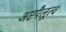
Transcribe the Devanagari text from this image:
अष्टपैलूत्व